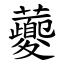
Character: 虁